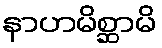
နာဟမိစ္ဆာမိ